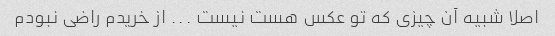
اصلا شبیه آن چیزی که تو عکس هست نیست ... از خریدم راضی نبودم